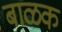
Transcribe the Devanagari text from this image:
बाळक